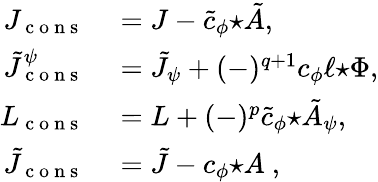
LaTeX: \begin{array}{rl}{J_{\mathrm{~c~o~n~s~}}}&{{}=J-\tilde{c}_{\phi}{\star\tilde{A}},}\\ {\tilde{J}_{\mathrm{~c~o~n~s~}}^{\psi}}&{{}=\tilde{J}_{\psi}+(-)^{q+1}c_{\phi}\ell{\star\Phi},}\\ {L_{\mathrm{~c~o~n~s~}}}&{{}=L+(-)^{p}\tilde{c}_{\phi}{\star\tilde{A}_{\psi}},}\\ {\tilde{J}_{\mathrm{~c~o~n~s~}}}&{{}=\tilde{J}-c_{\phi}{\star A}~,}\end{array}